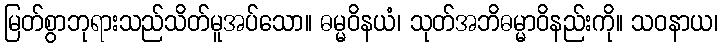
မြတ်စွာဘုရားသည်သိတ်မူအပ်သော။ ဓမ္မဝိနယံ၊ သုတ်အဘိဓမ္မာဝိနည်းကို။ သဝနာယ၊